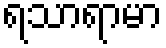
ရသာရာမာ